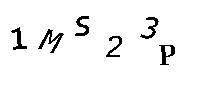
1MS23P